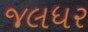
જલધર